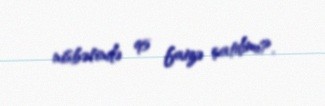
nisbətində 95 faizə çatdımı?.